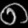
Digit: ၈